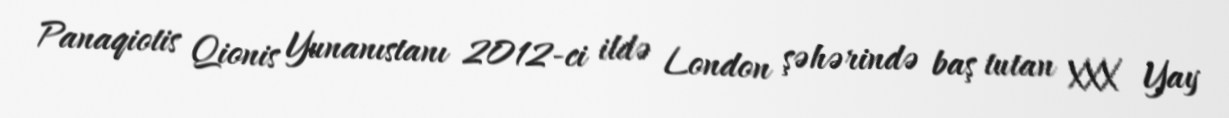
Panaqiotis Qionis Yunanıstanı 2012-ci ildə London şəhərində baş tutan XXX Yay